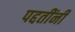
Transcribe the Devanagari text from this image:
पद्दतींनी